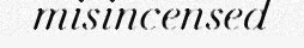
misincensed